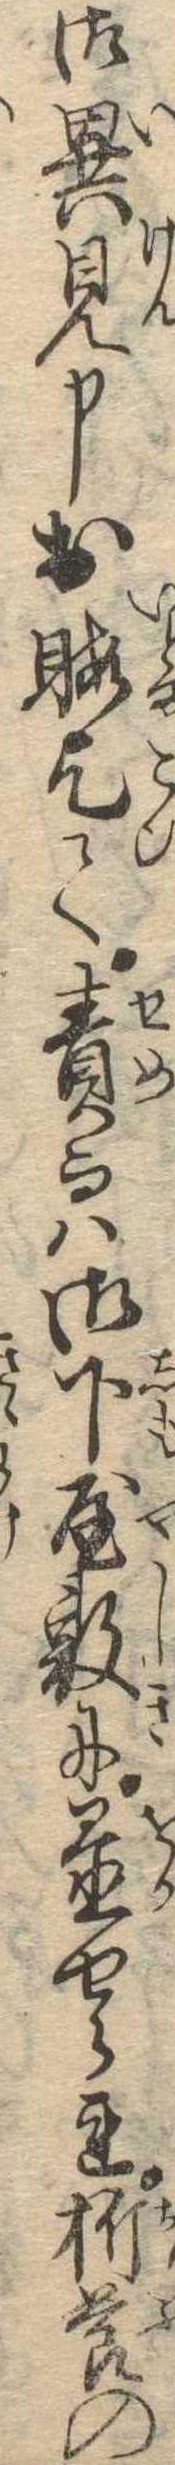
御異見申お暇乞て責而は御下屋敷に置せられ折節の